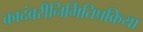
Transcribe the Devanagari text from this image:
कादंबरीनिर्मितिप्रक्रिया